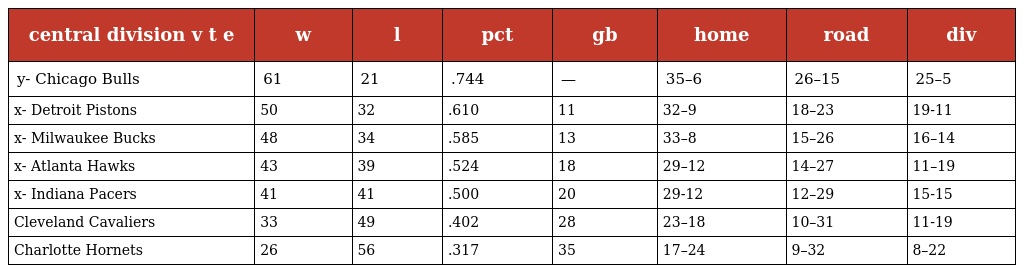
| central division v t e | w | l | pct | gb | home | road | div |
 | --- | --- | --- | --- | --- | --- | --- | --- |
 | y- Chicago Bulls | 61 | 21 | .744 | — | 35–6 | 26–15 | 25–5 |
 | x- Detroit Pistons | 50 | 32 | .610 | 11 | 32–9 | 18–23 | 19-11 |
 | x- Milwaukee Bucks | 48 | 34 | .585 | 13 | 33–8 | 15–26 | 16–14 |
 | x- Atlanta Hawks | 43 | 39 | .524 | 18 | 29–12 | 14–27 | 11–19 |
 | x- Indiana Pacers | 41 | 41 | .500 | 20 | 29-12 | 12–29 | 15-15 |
 | Cleveland Cavaliers | 33 | 49 | .402 | 28 | 23–18 | 10–31 | 11-19 |
 | Charlotte Hornets | 26 | 56 | .317 | 35 | 17–24 | 9–32 | 8–22 |